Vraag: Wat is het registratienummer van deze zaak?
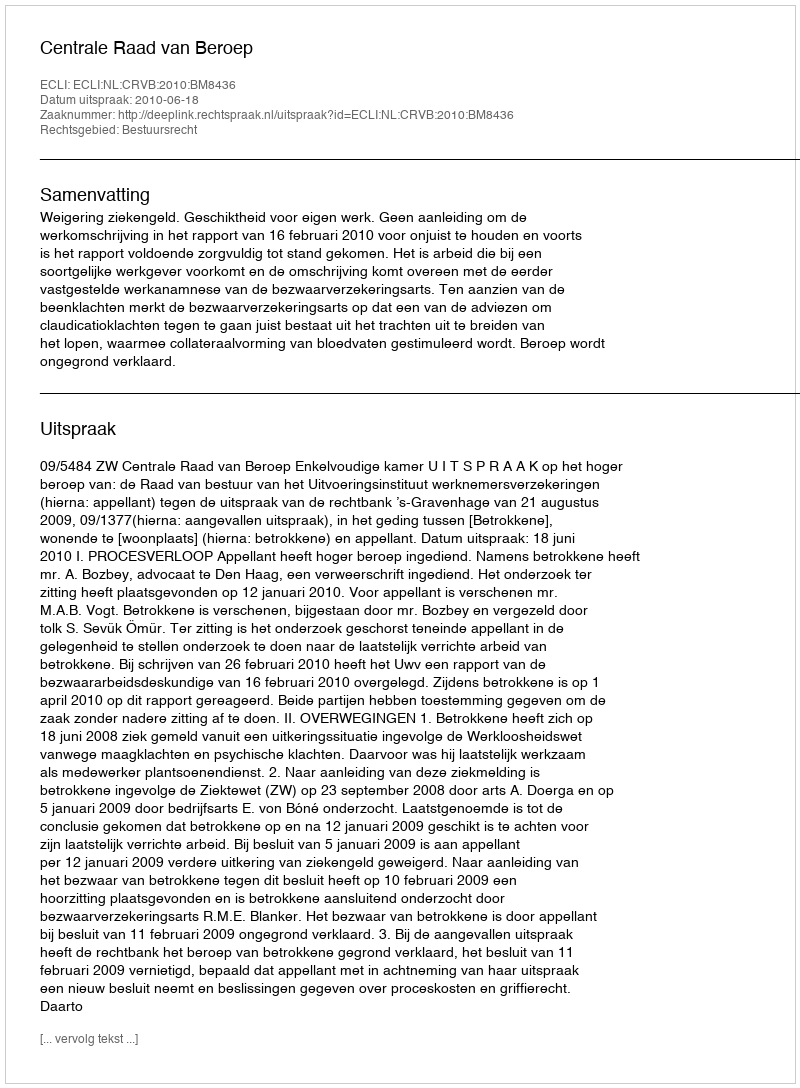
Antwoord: http://deeplink.rechtspraak.nl/uitspraak?id=ECLI:NL:CRVB:2010:BM8436